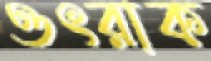
ওৎরাক